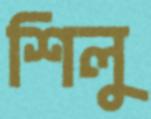
শিলু